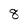
Character: 8